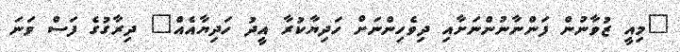
"މިއީ ޒުވާނުން ފަންނާނުންނަށާއި ދިވެހިންނަށް ހަދިޔާކުރާ އީދު ހަދިޔާއެއް" ދިރާގުގެ ފަސް ވަނަ